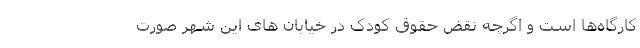
کارگاه‌‌‌ها است و اگرچه نقض حقوق کودک در خیابان های این شهر صورت